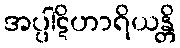
အပ္ပါဋိဟာရိယန္တိ